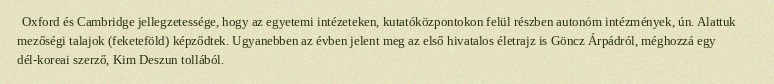
Oxford és Cambridge jellegzetessége, hogy az egyetemi intézeteken, kutatóközpontokon felül részben autonóm intézmények, ún. Alattuk mezőségi talajok (feketeföld) képződtek. Ugyanebben az évben jelent meg az első hivatalos életrajz is Göncz Árpádról, méghozzá egy dél-koreai szerző, Kim Deszun tollából.